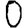
Digit: 0